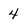
Character: 4